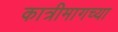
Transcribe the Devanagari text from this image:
कात्रीमागच्या